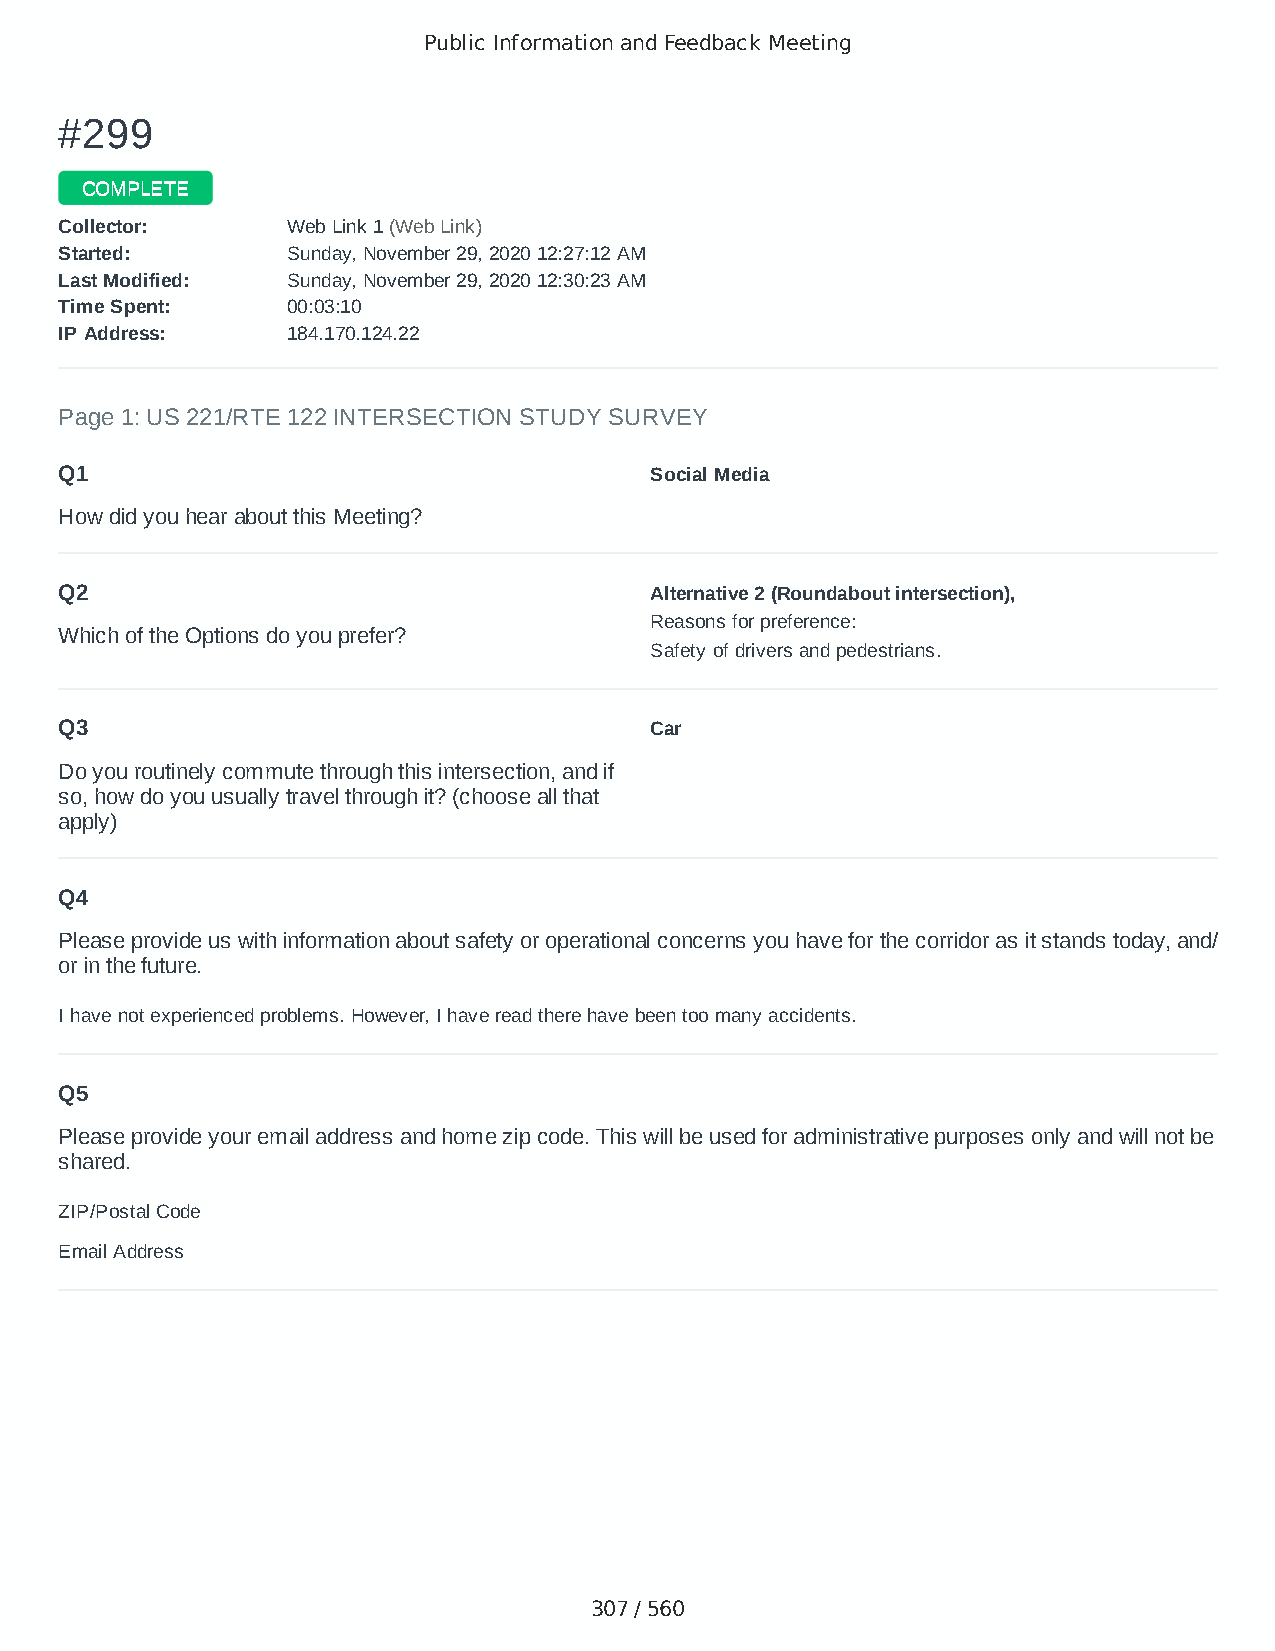
Public Information and Feedback Meeting
 ##229999
 CCOOMMPPLLEETTEE
 CCoolllleeccttoorr:: WWeebb LLiinnkk 11 ((WWeebb LLiinnkk))
 SSttaarrtteedd:: SSuunnddaayy,, NNoovveemmbbeerr 2299,, 22002200 1122::2277::1122 AAMM
 LLaasstt MMooddiiffiieedd:: SSuunnddaayy,, NNoovveemmbbeerr 2299,, 22002200 1122::3300::2233 AAMM
 TTiimmee SSppeenntt:: 0000::0033::1100
 IIPP AAddddrreessss:: 118844..117700..112244..2222
 Page 1: US 221/RTE 122 INTERSECTION STUDY SURVEY
 Q1                                     Social Media
 How did you hear about this Meeting?
 Q2                                     Alternative 2 (Roundabout intersection),
 Reasons for preference:
 Which of the Options do you prefer?
 Safety of drivers and pedestrians.
 Q3                                     Car
 Do you routinely commute through this intersection, and if
 so, how do you usually travel through it? (choose all that
 apply)
 Q4
 Please provide us with information about safety or operational concerns you have for the corridor as it stands today, and/
 or in the future.
 I have not experienced problems. However, I have read there have been too many accidents.
 Q5
 Please provide your email address and home zip code. This will be used for administrative purposes only and will not be
 shared.
 ZIP/Postal Code                        24523
 Email Address                          b_fedele@aol.com
 307 / 560